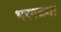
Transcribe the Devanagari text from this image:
भरगळ्या